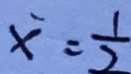
x = \frac { 1 } { 2 }